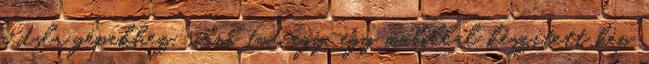
a dslr gépekhez, sírni tud egy-egy mobillal készített kép